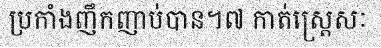
ប្រកាំងញឹកញាប់បាន។៧ កាត់ស្ត្រេសៈ